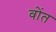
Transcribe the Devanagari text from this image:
वोंत